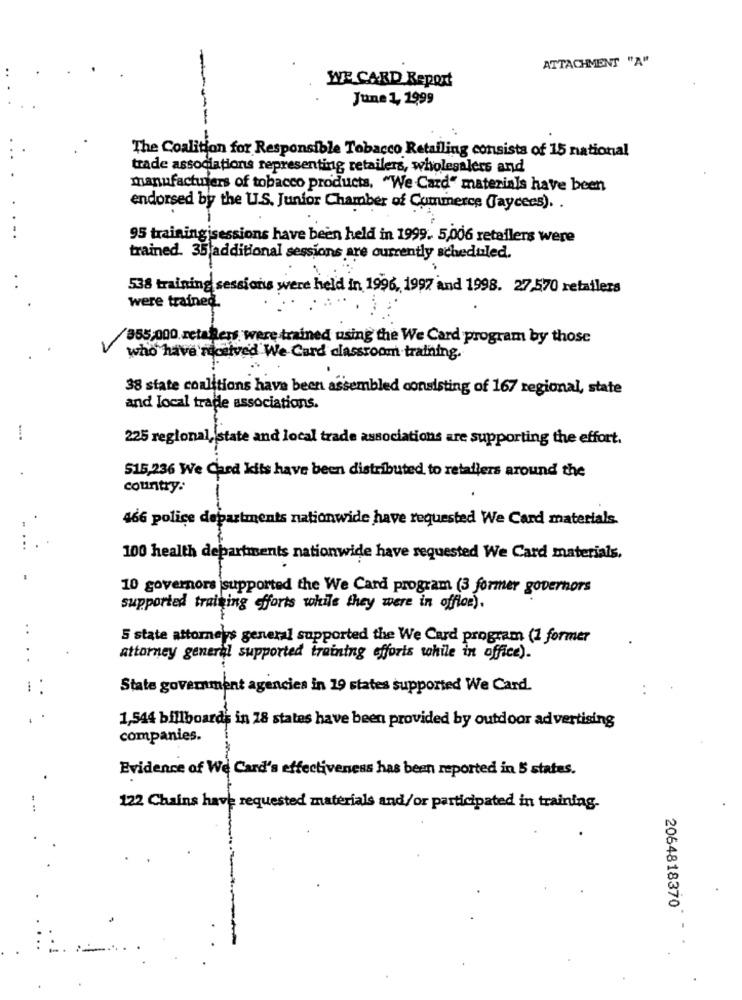
ATTACHMENT "A"
WE CARD Report
June 1, 1999
The Coalition for Responsible Tobacco Retailing consists of 15 national
----
trade associations representing retailers, wholesalers and
manufacturers of tobacco products, "We Card" materials have been
endorsed by the U.S. Junior Chamber of Commerce (Jaycees). .
..
95 training sessions have been held in 1999. 5,006 retailers were
trained. 35 additional sessions are currently scheduled.
538 training sessions were held in 1996, 1997 and 1998. 27,570 retailers
were trained.
/855,000. zetahess were trained using the We Card program by those
who have received We Card classroom training.
38 state coalitions have been assembled consisting of 167 regional, state
and local trade associations.
225 regional, state and local trade associations are supporting the effort.
515,236 We Card kits have been distributed to retailers around the
country.
466 police departments nationwide have requested We Card materials.
...
100 health departments nationwide have requested We Card materials.
10 governors supported the We Card program (3 former governors
supported training efforts while they were in offlor).
5 state attorneys general supported the We Card program (1 former
..
attorney general supported training efforts while in office).
State government agencies in 19 states supported We Card.
1,544 billboards in 18 states have been provided by outdoor advertising
companies.
Evidence of We Card's effectiveness has been reported in 5 states.
122 Chains have requested materials and/or participated in training-
2064818370*